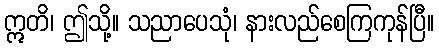
ဣတိ၊ ဤသို့။ သညာပေသုံ၊ နားလည်စေကြကုန်ပြီ။